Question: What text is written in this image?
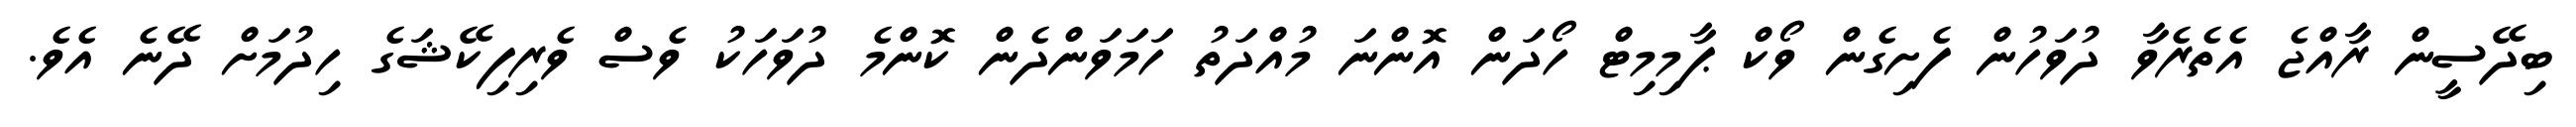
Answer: ބިދޭސީން ރާއްޖެ އެތެރެވާ ދުވަހުން ފެށިގެން ވޯކް ޕާމިމިޓް ހޯދަން އޮންނަ މުއްދަތު ހަމަވަންދެން ކޮންމެ ދުވަހަކު ވެސް ވެރިފިކޭޝަގެ ހިދުމަށް ދޭނެ އެވެ.